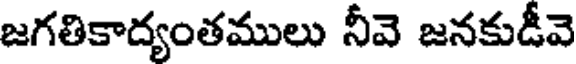
జగతికాద్యంతములు నీవె జనకుడీవె